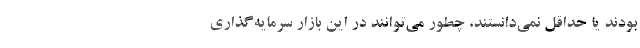
بودند یا حداقل نمی‌دانستند، چطور می‌توانند در این بازار سرمایه‌گذاری